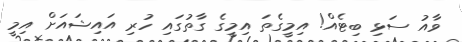
ވާއު ސަޅި ބިޓެއް! އިމީގެތަ އިމީގެ ގާތުގައި ހުރި އައިޝައަށް އިމީ